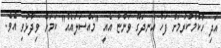
އަދި ހުކުމްކުރުމަށް ފަހު އުނދަގޫ ވަންޏާ އެއީ "މައްސަލައެއް" ކަމަށް ވިދާޅުވި އެވެ.